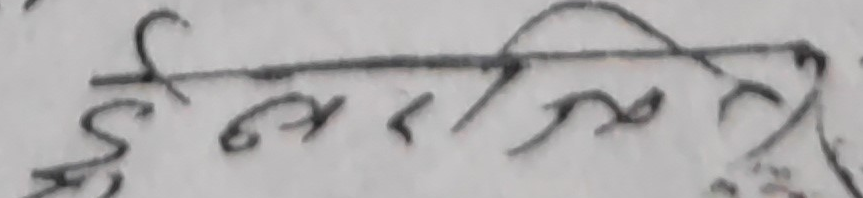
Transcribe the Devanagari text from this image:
छन रासि